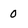
Character: 0